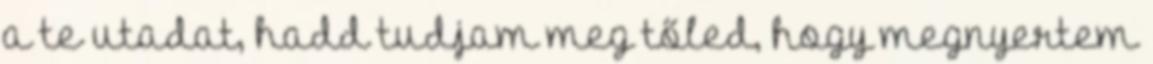
a te utadat, hadd tudjam meg tőled, hogy megnyertem